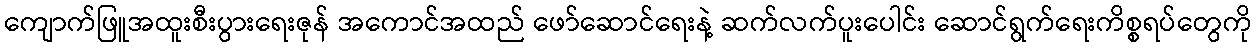
ကျောက်ဖြူအထူးစီးပွားရေးဇုန် အကောင်အထည် ဖော်ဆောင်ရေးနဲ့ ဆက်လက်ပူးပေါင်း ဆောင်ရွက်ရေးကိစ္စရပ်တွေကို